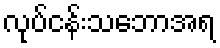
လုပ်ငန်းသဘောအရ